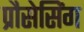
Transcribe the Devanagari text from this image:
प्रौसेसिंग